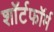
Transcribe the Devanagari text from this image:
शॉर्टफॉर्म